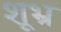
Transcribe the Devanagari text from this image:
शूभ्र